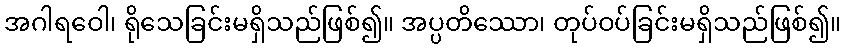
အဂါရဝေါ၊ ရိုသေခြင်းမရှိသည်ဖြစ်၍။ အပ္ပတိဿော၊ တုပ်ဝပ်ခြင်းမရှိသည်ဖြစ်၍။